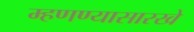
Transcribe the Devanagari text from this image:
म्हणण्यासारखे